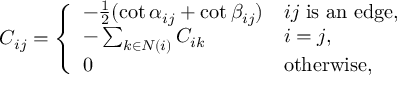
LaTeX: C _ { i j } = { \left\{ \begin{array} { l l } { - { \frac { 1 } { 2 } } ( \cot \alpha _ { i j } + \cot \beta _ { i j } ) } & { i j { \mathrm { ~ i s ~ a n ~ e d g e } } , } \\ { - \sum _ { k \in N ( i ) } C _ { i k } } & { i = j , } \\ { 0 } & { { \mathrm { o t h e r w i s e , } } } \end{array} \right. }